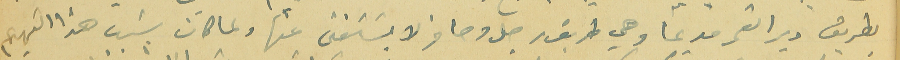
بطريق دير القمر قديمًا وهي طريق رجل وحافر ولا يسَتغنى عنها ولما كان سَبب هذا التهديم